Annual administration report of the Bombay Presidency - 1887-1892
Year: 1887
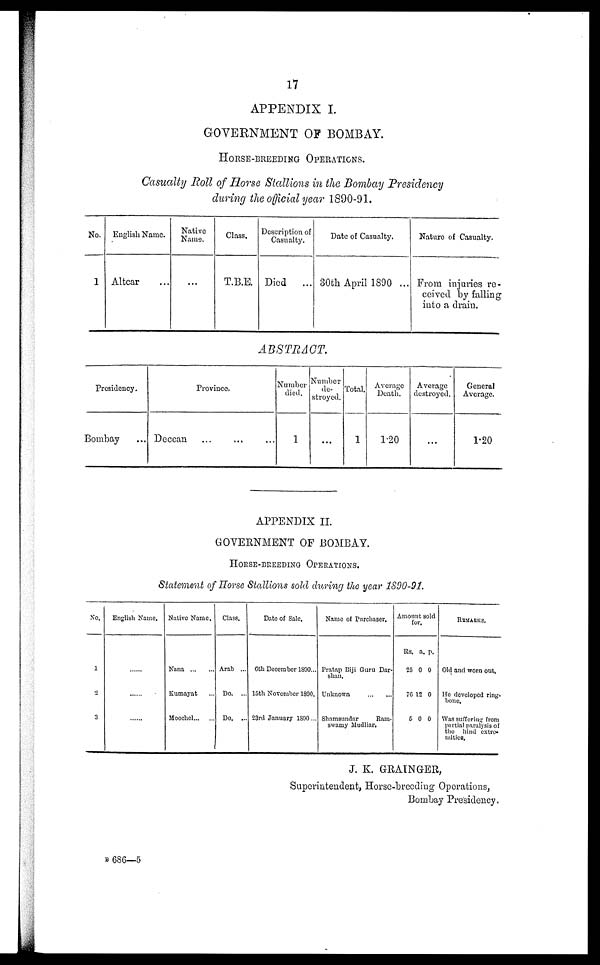
17
APPENDIX I.
GOVERNMENT OF BOMBAY.
HORSE-BREEDING
OPERATIONS.
Casualty Roll of Horse Stallions in the Bombay Presidency
during the official year 1890-91.
No.
1
English Name.
Altear ...
Native
Name.
...
Class.
T.B.E.
Description of
Casualty.
Died
. . .
Date of Casualty.
30th April 1890 . . .
Nature of Casualty.
From injuries re-
ceived by falling
into a drain.
ABSTRACT.
Presidency.
Bombay
Province.
Deccan ... ... ...
Number
died.
1
Number
de-
stroyed.
...
Total.
1
Average
Death.
1.20
Average
destroyed.
...
General
Average.
1.20
APPENDIX II.
GOVERNMENT OF BOMBAY.
HORSE-BREEDING OPERATIONS.
Statement of Horse Stallions sold during the year 1890-91.
No.
English Name. Native Name.
Class.
Date of Sale.
Name of Purchaser.
1
2
3
......
......
......
Nana ... ...
Kumayat ...
Moochel ... ...
Arab ...
Do. ...
Do. ...
6th December 1890...
15th November 1890.
23rd January 1890 ...
Pratap Biji Guru Dar-
shan.
Unknown
...
...
Shamsundar Ram-
swamy Mudliar.
Amouonts
sold for
Rs.
25
70
5
a.
0
12
0
p.
0
0
0
REMARKS.
Old and worn out.
He developed ring-
bone.
Was suffering from
partial paralysis of
the hind extre-
mities.
J. K. GRAINGER,
Superintendent, Horse-breeding Operations,
Bombay Presidency.
B 686—5